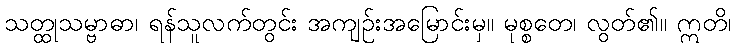
သတ္ထုသမ္ဗာဓာ၊ ရန်သူလက်တွင်း အကျဉ်းအမြောင်းမှ။ မုစ္စတေ၊ လွတ်၏။ ဣတိ၊